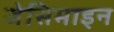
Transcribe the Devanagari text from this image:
जेसिमाइन